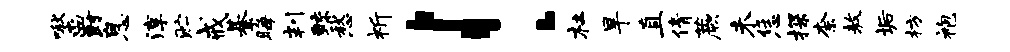
啾爵息淳贮戒綦晦判鲧愁祈！杜旱直倩蕨未恁探柰敖垢枋袍